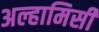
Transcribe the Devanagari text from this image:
अल्हामिसी